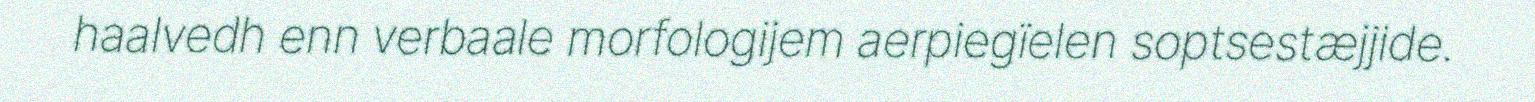
haalvedh enn verbaale morfologijem aerpiegïelen soptsestæjjide.